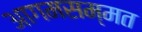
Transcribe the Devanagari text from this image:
आगमसम्मत